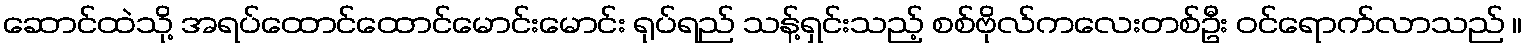
ဆောင်ထဲသို့ အရပ်ထောင်ထောင်မောင်းမောင်း ရုပ်ရည် သန့်ရှင်းသည့် စစ်ဗိုလ်ကလေးတစ်ဦး ဝင်ရောက်လာသည် ။